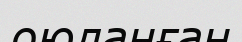
оюланған